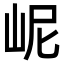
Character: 㞾